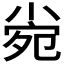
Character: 𡮄